Scientific memoirs by medical officers of the Army of India - Part X,
Year: 1897
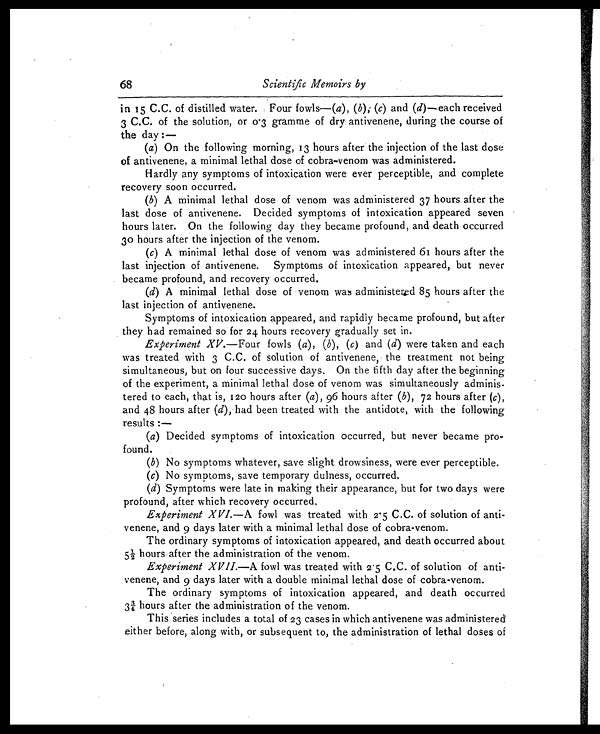
68
Scientific Memoirs by
in 15 C.C. of distilled water. Four fowls—( a), ( b), (c) and (d)—each received
3 C.C. of the solution, or 0.3 gramme of dry antivenene, during the course of
the day :—
(a) On the following morning, 13 hours after the injection of the last dose
of antivenene, a minimal lethal dose of cobra-venom was administered.
Hardly any symptoms of intoxication were ever perceptible, and complete
recovery soon occurred.
(b) A m i n i m a l l e t h a l d o s e o f v e n o m w a s a d m i n i s t e r e d 3 7 h o u r s a f t e r t h e
last dose of antivenene. Decided symptoms of intoxication appeared seven
hours later. On the following day they became profound, and death occurred
30 hours after the injection of the venom.
(c) A m i n i m a l l e t h a l d o s e o f v e n o m w a s a d m i n i s t e r e d 6 1 h o u r s a f t e r t h e
last injection of antivenene. Symptoms of intoxication appeared, but never
became profound, and recovery occurred.
(d) A minimal lethal dose of venom was administered 85 hours after the
last injection of antivenene.
Symptoms of intoxication appeared, and rapidly became profound, but after
they had remained so for 24 hours recovery gradually set in.
Experiment XV. —Four fowls ( a), (b), (c) and (d) were taken and each
was treated with 3 C.C. of solution of antivenene, the treatment not being
simultaneous, but on four successive days. On the fifth day after the beginning
of the experiment, a minimal lethal dose of venom was simultaneously adminis-
tered to each, that is, 120 hours after (a) , 96 hours after ( b), 72 hours after ( c),
and 48 hours after ( d), had been treated with the antidote, with the following
results :—
(a) Decided symptoms of intoxication occurred, but never became pro-
found.
(b) No symptoms whatever, save slight drowsiness, were ever perceptible.
(c) No symptoms, save temporary dulness, occurred.
(d) Symptoms were late in making their appearance, but for two days were
profound, after which recovery occurred.
Experiment XVI. —A fowl was treated with 2.5 C.C. of solution of anti-
venene, and 9 days later with a minimal lethal dose of cobra-venom.
The ordinary symptoms of intoxication appeared, and death occurred about
5½ hours after the administration of the venom.
Experiment XVII.—A fowl was treated with 2.5 C.C. of solution of anti-
venene, and 9 days later with a double minimal lethal dose of cobra-venom.
The ordinary symptoms of intoxication appeared, and death occurred
3¾ hours after the administration of the venom.
This series includes a total of 23 cases in which antivenene was administered
either before, along with, or subsequent to, the administration of lethal doses of